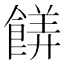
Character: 𬲙